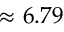
\approx 6 . 7 9